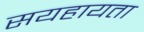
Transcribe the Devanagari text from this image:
सयहायता